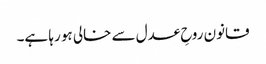
قانون روحِ عدل سے خالی ہو رہا ہے۔